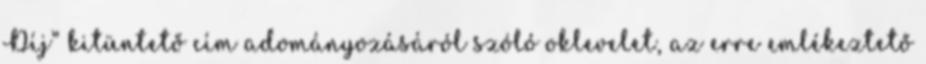
Díj” kitüntető cím adományozásáról szóló oklevelet, az erre emlékeztető